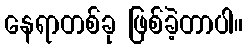
နေရာတစ်ခု ဖြစ်ခဲ့တာပါ။